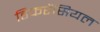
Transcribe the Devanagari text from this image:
डिफरेंसियल